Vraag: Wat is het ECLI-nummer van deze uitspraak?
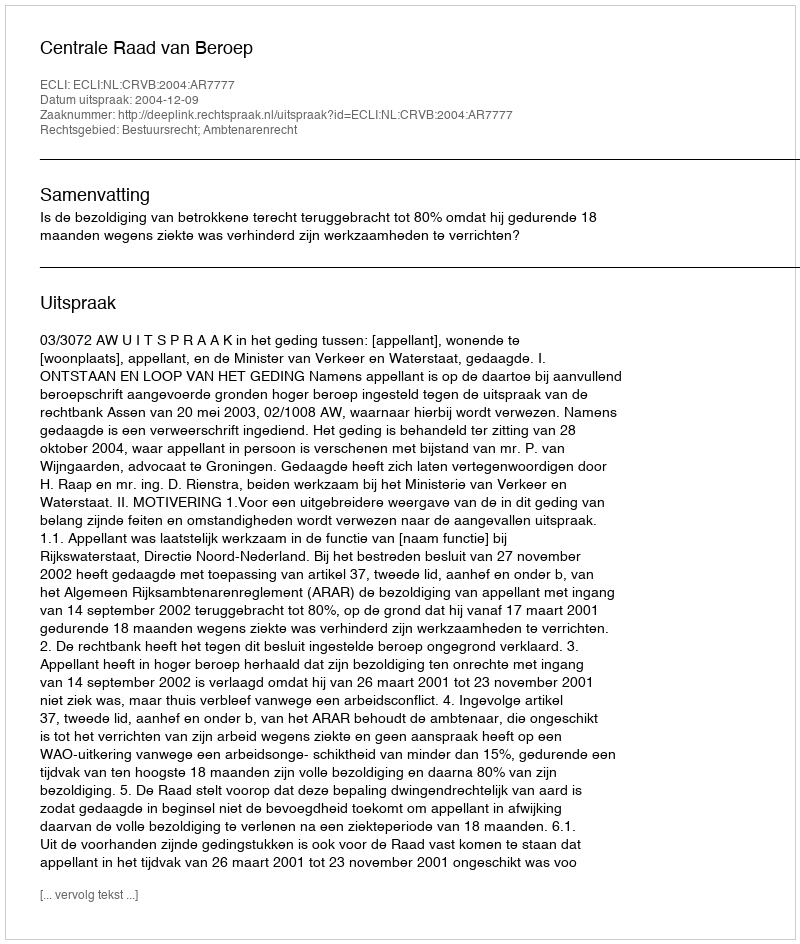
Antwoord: ECLI:NL:CRVB:2004:AR7777